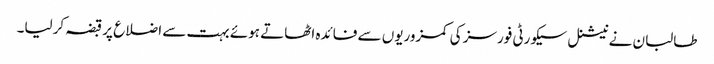
طالبان نے نیشنل سیکورٹی فورسز کی کمزوریوں سے فائدہ اٹھاتے ہوئے بہت سے اضلاع پر قبضہ کرلیا۔